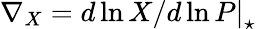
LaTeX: \nabla_{X}=\left.d\ln X/d\ln P\right|_{\star}